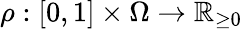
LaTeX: \rho:[0,1]\times\Omega\to{\mathbb R}_{\ge 0}